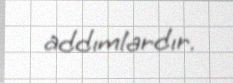
addımlardır.